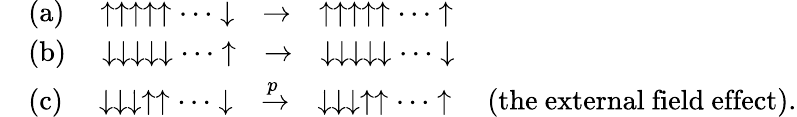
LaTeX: \begin{array}{rl}&{\mathrm{(a)}\quad\uparrow\uparrow\uparrow\uparrow\uparrow\cdots\downarrow\quad\rightarrow\quad\uparrow\uparrow\uparrow\uparrow\uparrow\cdots\uparrow}\\ &{\mathrm{(b)}\quad\downarrow\downarrow\downarrow\downarrow\downarrow\cdots\uparrow\quad\rightarrow\quad\downarrow\downarrow\downarrow\downarrow\downarrow\cdots\downarrow}\\ &{\mathrm{(c)}\quad\downarrow\downarrow\downarrow\uparrow\uparrow\cdots\downarrow\quad\xrightarrow[]{p}\quad\downarrow\downarrow\downarrow\uparrow\uparrow\cdots\uparrow\quad(\mathrm{the~external~field~effect}).}\end{array}